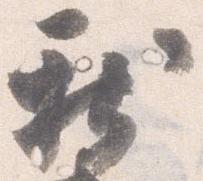
新